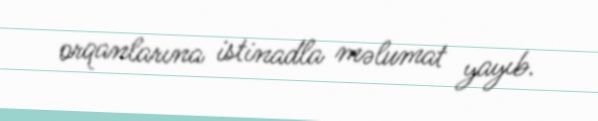
orqanlarına istinadla məlumat yayıb.